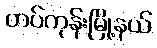
တပ်ကုန်းမြို့နယ်